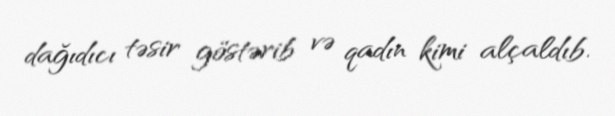
dağıdıcı təsir göstərib və qadın kimi alçaldıb.